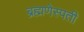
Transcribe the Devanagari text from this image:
ब्रह्मणेस्पती